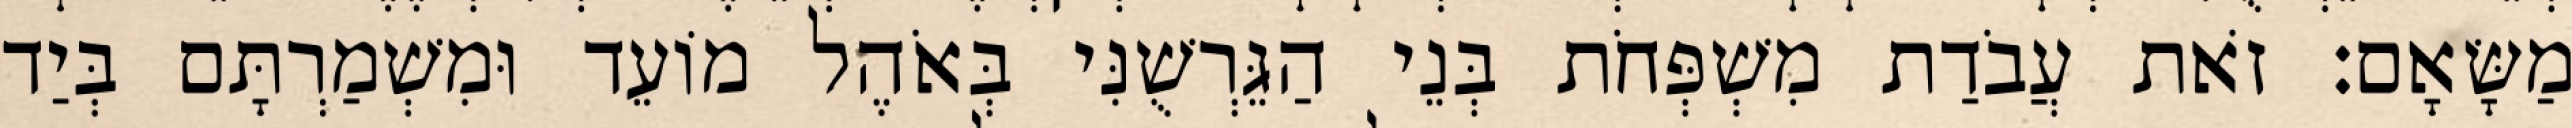
מַשָּׂאָם׃ זֹאת עֲבֹדַת מִשְׁפְּחֹת בְּנֵי הַגֵּרְשֻׁנִּי בְּאֹהֶל מוֹעֵד וּמִשְׁמַרְתָּם בְּיַד